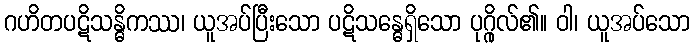
ဂဟိတပဋိသန္ဓိကဿ၊ ယူအပ်ပြီးသော ပဋိသန္ဓေရှိသော ပုဂ္ဂိုလ်၏။ ဝါ၊ ယူအပ်သော